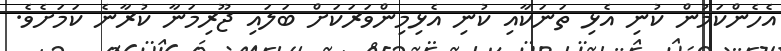
އެހެންކަމުން ކުނި އެޅި ތަނަކާއި ކުނި އެޅިމިންވަރަކަށް ބަލައި ޖޫރިމަނާ ކުރާނެ ކަަމަށެވެ.